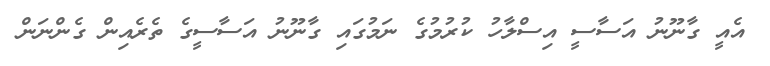
އެއީ ގާނޫނު އަސާސީ އިސްލާހު ކުރުމުގެ ނަމުގައި ގާނޫނު އަސާސީގެ ތެރެއިން ގެންނަން